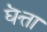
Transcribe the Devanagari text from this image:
घॆत्ता